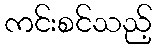
ကင်းစင်သည့်